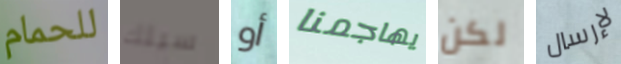
للحمام سيلك أو يهاجمنا لكن لإرسال